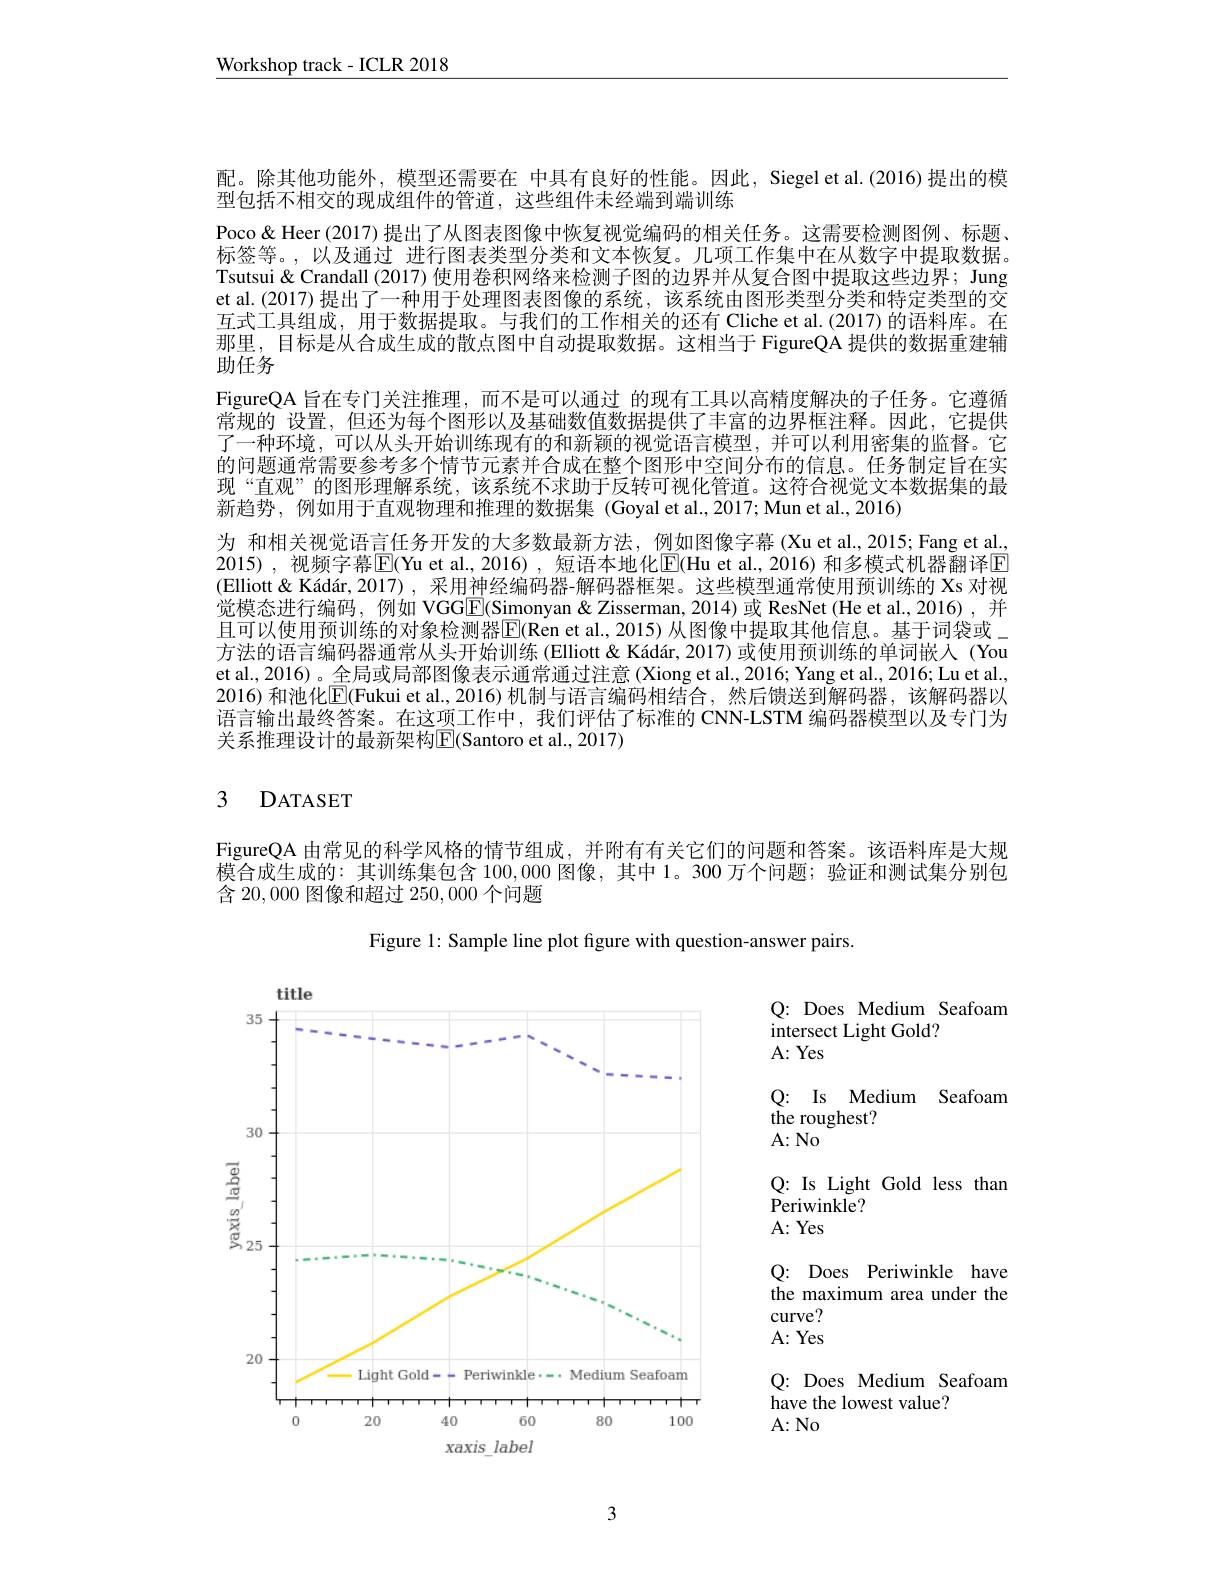
$\underline{\text{Workshop track-ICLR 2018}}$

配。除其他功能外，模型还需要在 中具有良好的性能。因此，Siegel et al.(2016)提出的模
型包括不相交的现成组件的管道，这些组件未经端到端训练
Poco& Heer (2017) 提出了从图表图像中恢复视觉编码的相关任务。这需要检测图例、标题标签等。,以及通过 进行图表类型分类和文本恢复。几项工作集中在从数字中提取数据。Tsutsui & Crandall (2017) 使用卷积网络来检测子图的边界并从复合图中提取这些边界；Jung et al.(2017) 提出了一种用于处理图表图像的系统，该系统由图形类型分类和特定类型的交互式工具组成，用于数据提取。与我们的工作相关的还有 Cliche et al.(2017) 的语料库。在那里，目标是从合成生成的散点图中自动提取数据。这相当于 FigureQA 提供的数据重建辅助任务
FigureQA 旨在专门关注推理，而不是可以通过 的现有工具以高精度解决的子任务。它遵循常规的 设置，但还为每个图形以及基础数值数据提供了丰富的边界框注释。因此，它提供了一种环境，可以从头开始训练现有的和新颖的视觉语言模型，并可以利用密集的监督。它的问题通常需要参考多个情节元素并合成在整个图形中空间分布的信息。任务制定旨在实现“直观”的图形理解系统，该系统不求助于反转可视化管道。这符合视觉文本数据集的最新趋势，例如用于直观物理和推理的数据集 (Goyal et al.,2017; Mun et al.,2016)
为 和相关视觉语言任务开发的大多数最新方法，例如图像字幕 (Xu et al.,2015; Fang et al. 2015),视频字幕$\overline{\mathrm{E}}($Yu et al.,2016),短语本地化$\underline{\mathrm{E}}($Hu et al.,2016)和多模式机器翻译$\underline{\mathrm{E}}$ (Elliott &Kádár,2017), 采用神经编码器-解码器框架。这些模型通常使用预训练的 Xs 对视觉模态进行编码，例如 VGGE(Simonyan&Zisserman,2014)或 ResNet(He et al.,2016),并且可以使用预训练的对象检测器$\overline{\mathbb{E}}($Ren et al., 2015) 从图像中提取其他信息。基于词袋或\_ 方法的语言编码器通常从头开始训练 (Elliott&Kádár,2017)或使用预训练的单词嵌人 (You et al., 2016)。全局或局部图像表示通常通过注意 (Xiong et al., 2016; Yang et al., 2016; Lu et al., 2016) 和池化$\overline{\mathrm{E}}($Fukui et al., 2016) 机制与语言编码相结合，然后馈送到解码器，该解码器以语言输出最终答案。在这项工作中，我们评估了标准的 CNN-LSTM 编码器模型以及专门为关系推理设计的最新架构$\overline{\mathrm{E}}($Santoro et al., 2017)

# 3 DATASET

FigureQA 由常见的科学风格的情节组成，并附有有关它们的问题和答案。该语料库是大规模合成生成的：其训练集包含100，000图像，其中 1。300 万个问题；验证和测试集分别包含 20,000 图像和超过 250,000 个问题

Figure 1: Sample line plot figure with question-answer pairs.

<FigureHere>

Q: Does Medium Seafoam
intersect Light Gold?
A: Yes
Q: Is Medium Seafoam
the roughest?
$A{:}$No
Q: Is Light Gold less than
Periwinkle?
A: Yes
Q: Does Periwinkle have the maximum area under the curve? A: Yes Q: Does Medium Seafoam
have the lowest value?
A: No

3